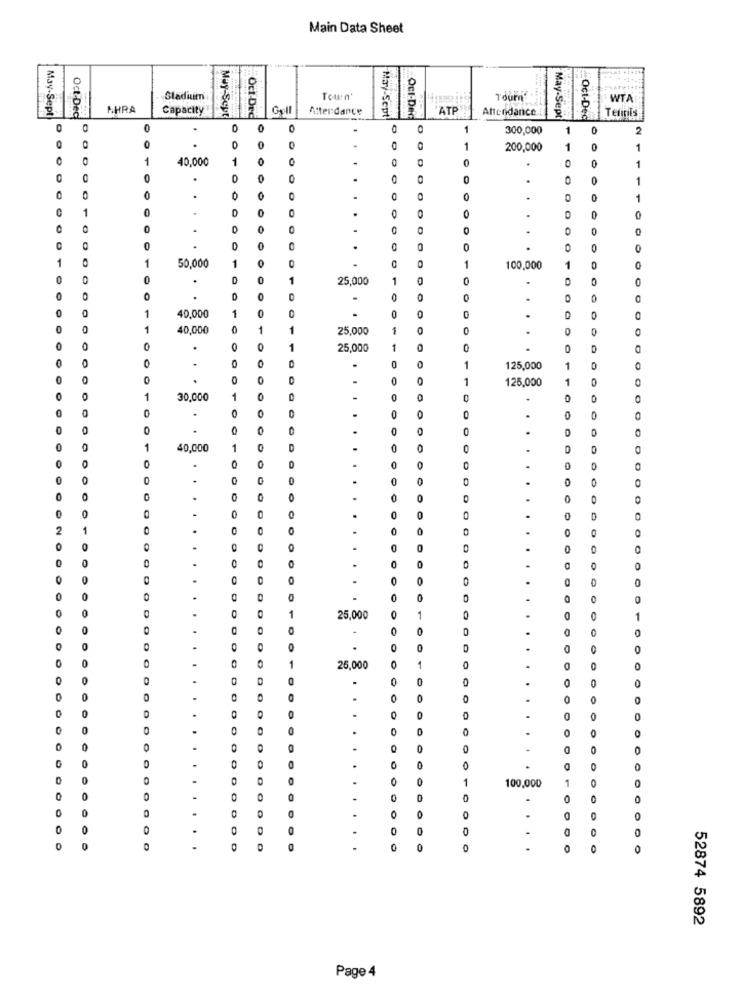
Main Data Sheet
Stadium
Tourn'
Tourne
WTA
May-Sept
Oct-Dec
A.HRA
Capacity
May-Scut
Oct-Dec
Atter dance
Oct-Dec
ATP
Attendance
May-Sept
May-Sept
Oct-Dec
Terinil
1
300,000
1
2
O
0
O
1
200,000
O
1
40,000
1
0
.
0
0
.
.
D
0
1
0
0
.
.
.
.
.
0
.
0
0
0
1
50.000
0
1
100,000
0
0
1
25,000
1
0
0
O
0
1
0
40,000
0
0
40,000
1
1
25,000
1
0
O
0
0
1
25,000
1
0
0
.
0
0
1
125,000
1
0
0
0
0
1
125,000
1
30,000
1
0
O
0
O
0
O
0
0
0
O
0
0
40,000
1
D
0
0
0
0
O
.
0
O
O
O
0
0
0
.
0
2
1
0
0
0
0
.
0
0
O
0
D
0
.
0
.
0
0
1
25,000
1
1
0
0
0
.
O
0
D
.
0
0
1
26,000
0
1
0
0
O
0
0
0
0
0
.
0
0
.
0
0
O
0
0
0
-
0
0
O
.
O
0
1
1
100,000
O
0
0
.
.
O
0
0
0
0
D
.
0
.
O
.
0
.
0
52874 5892
Page 4